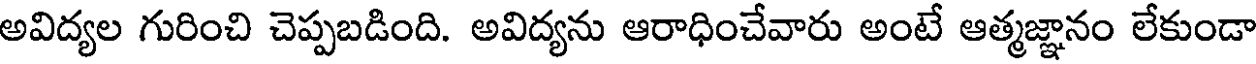
అవిద్యల గురించి చెప్పబడింది. అవిద్యను ఆరాధించేవారు అంటే ఆత్మజ్ఞానం లేకుండా